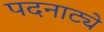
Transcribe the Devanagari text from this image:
पदनाट्ये